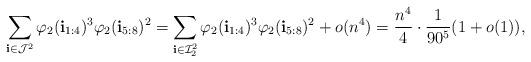
LaTeX: \begin{align*}\sum_{\mathbf{i}\in \mathcal{J}^2}\varphi_2(\mathbf i_{1:4})^3\varphi_2(\mathbf i_{5:8})^2=\sum_{\mathbf{i}\in \mathcal{I}_2^2}\varphi_2(\mathbf i_{1:4})^3\varphi_2(\mathbf i_{5:8})^2 + o(n^4)=\frac{n^4}{4} \cdot \frac{1}{90^5} (1+o(1)),\end{align*}